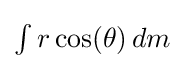
{\textstyle \int r\cos(\theta )\,dm}